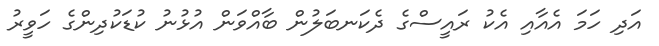
އަދި ހަމަ އެއާއި އެކު ރައީސްގެ ދެކަނބަލުން ބާއްވަން އުޅުނު ކުޑަކުދިންގެ ހަވީރު